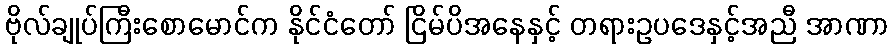
ဗိုလ်ချုပ်ကြီးစောမောင်က နိုင်ငံတော် ငြိမ်ပိအနေနှင့် တရားဥပဒေနှင့်အညီ အာဏာ